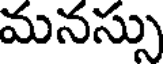
మనస్సు